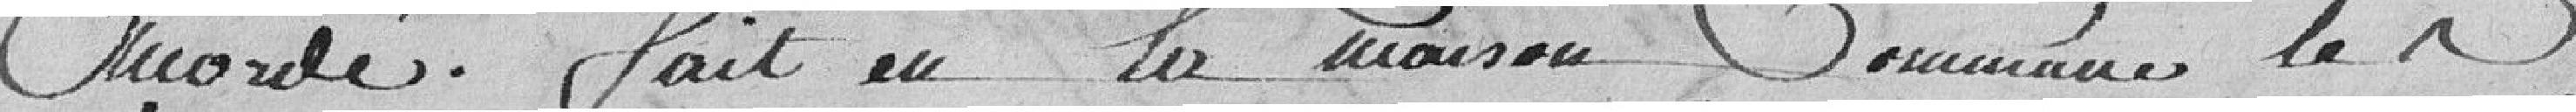
accordé. Fait en la maison commune le même